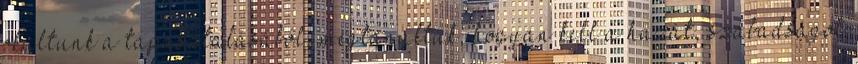
okultunk a tapasztalásából, megtanultuk, hogyan kell a hazát, szabadságot